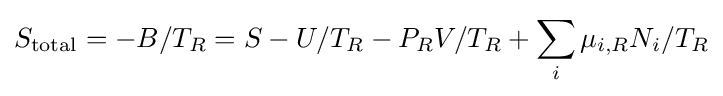
S_{\mathrm {total} }=-B/T_{R}=S-U/T_{R}-P_{R}V/T_{R}+\sum _{i}\mu _{i,R}N_{i}/T_{R}